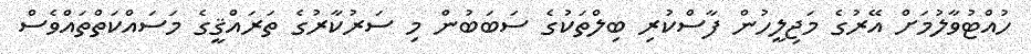
ހުއްޓުވާލުމަށް އޭރުގެ މަޖިލީހުން ފާސްކުރި ބިލްތަކުގެ ސަބަބުން މި ސަރުކާރުގެ ތަރައްޤީގެ މަސައްކަތްތައްވެސް